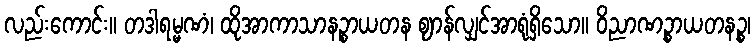
လည်းကောင်း။ တဒါရမ္မဏံ၊ ထိုအာကာသာနဉ္စာယတန ဈာန်လျှင်အာရုံရှိသော။ ဝိညာဏဉ္စာယတနဉ္စ၊